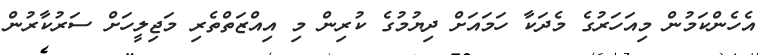
އެހެންކަމުން މިއަހަރުގެ މެދަކާ ހަމައަށް ދިޔުމުގެ ކުރިން މި އިއްޒަތްތެރި މަޖިލީހަށް ސަރުކާރުން